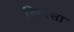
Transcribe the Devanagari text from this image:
खिस्‍सा